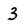
Character: 3